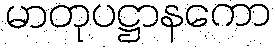
မာတုပဋ္ဌာနကော